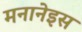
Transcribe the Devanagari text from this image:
मनानेइस